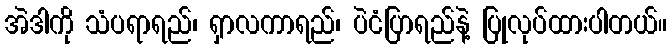
အဲဒါကို သံပရာရည်၊ ရှာလကာရည်၊ ပဲငံပြာရည်နဲ့ ပြုလုပ်ထားပါတယ်။